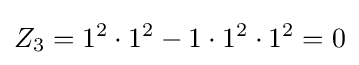
Z_{3}=1^{2}\cdot 1^{2}-1\cdot 1^{2}\cdot 1^{2}=0